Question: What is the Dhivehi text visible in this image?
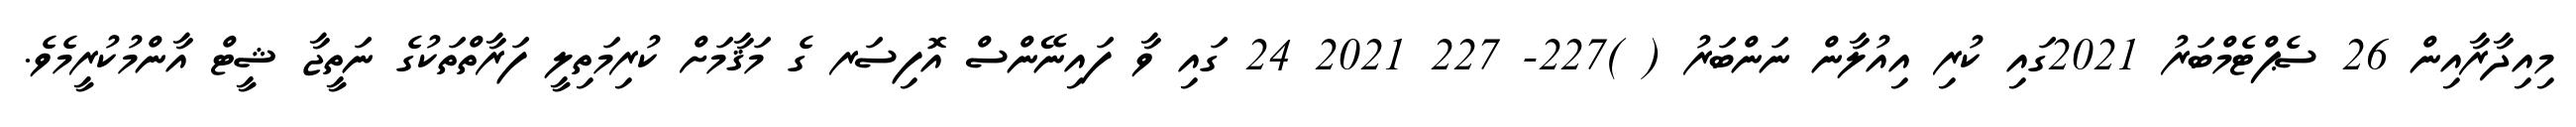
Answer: މިއިދާރާއިން 26 ސެޕްޓެމްބަރު 2021ގައި ކުރި އިއުލާން ނަންބަރު ( )227- 227 2021 24 ގައި ވާ ފައިނޭންސް އޮފިސަރ ގެ މަޤާމަށް ކުރިމަތިލީ ފަރާތްތަކުގެ ނަތީޖާ ޝީޓް އާންމުކުރީމެވެ.